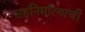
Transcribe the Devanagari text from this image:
सहनिर्मात्याची